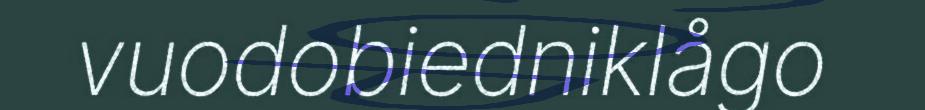
vuodobiedniklågo